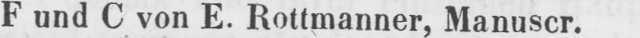
F und C von E. Rottmanner, Manuscr.